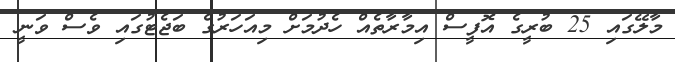
މާލޭގައި 25 ބުރީގެ އޮފީސް އިމާރާތެއް ހެދުމަށް މިއަހަރުގެ ބަޖެޓުގައި ވެސް ވަނީ